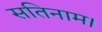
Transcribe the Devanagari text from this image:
सतिनाम।